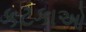
કટકાઓ